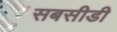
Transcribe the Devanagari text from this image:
सबसीडी